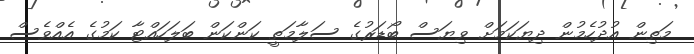
މަތިން އުދުހެމުން ދިޔަކަމަށް ވިޔަސް ބޯޑަރުގެ ސަލާމަތީ ކަންކަން ބަލަހައްޓާ ކަމުގެ އެއްވެސް